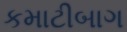
કમાટીબાગ